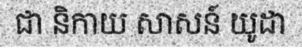
ជា និកាយ សាសន៍ យូដា